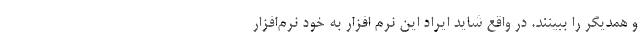
و همدیگر را ببینند. در واقع شاید ایراد این نرم افزار به خود نرم‌افزار